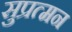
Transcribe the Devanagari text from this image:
सुप्रत्मन